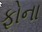
ફોના